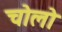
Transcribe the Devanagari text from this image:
चोलो